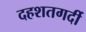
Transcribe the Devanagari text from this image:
दहशतगर्दी